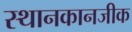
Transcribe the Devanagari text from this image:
स्थानकानजीक